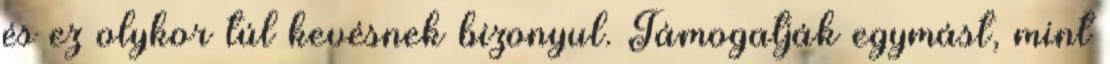
és ez olykor túl kevésnek bizonyul. Támogatják egymást, mint